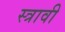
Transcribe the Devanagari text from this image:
स्त्रावी